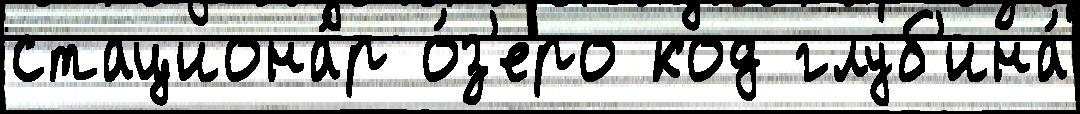
стациона́р о́з'еро код глуб'ина́